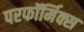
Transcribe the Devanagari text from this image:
परफॉर्मिक्स